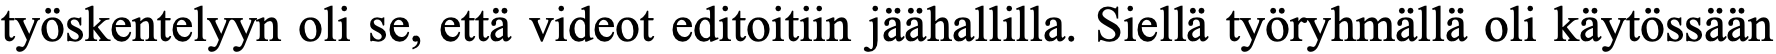
työskentelyyn oli se, että videot editoitiin jäähallilla. Siellä työryhmällä oli käytössään